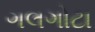
ગલગોટા